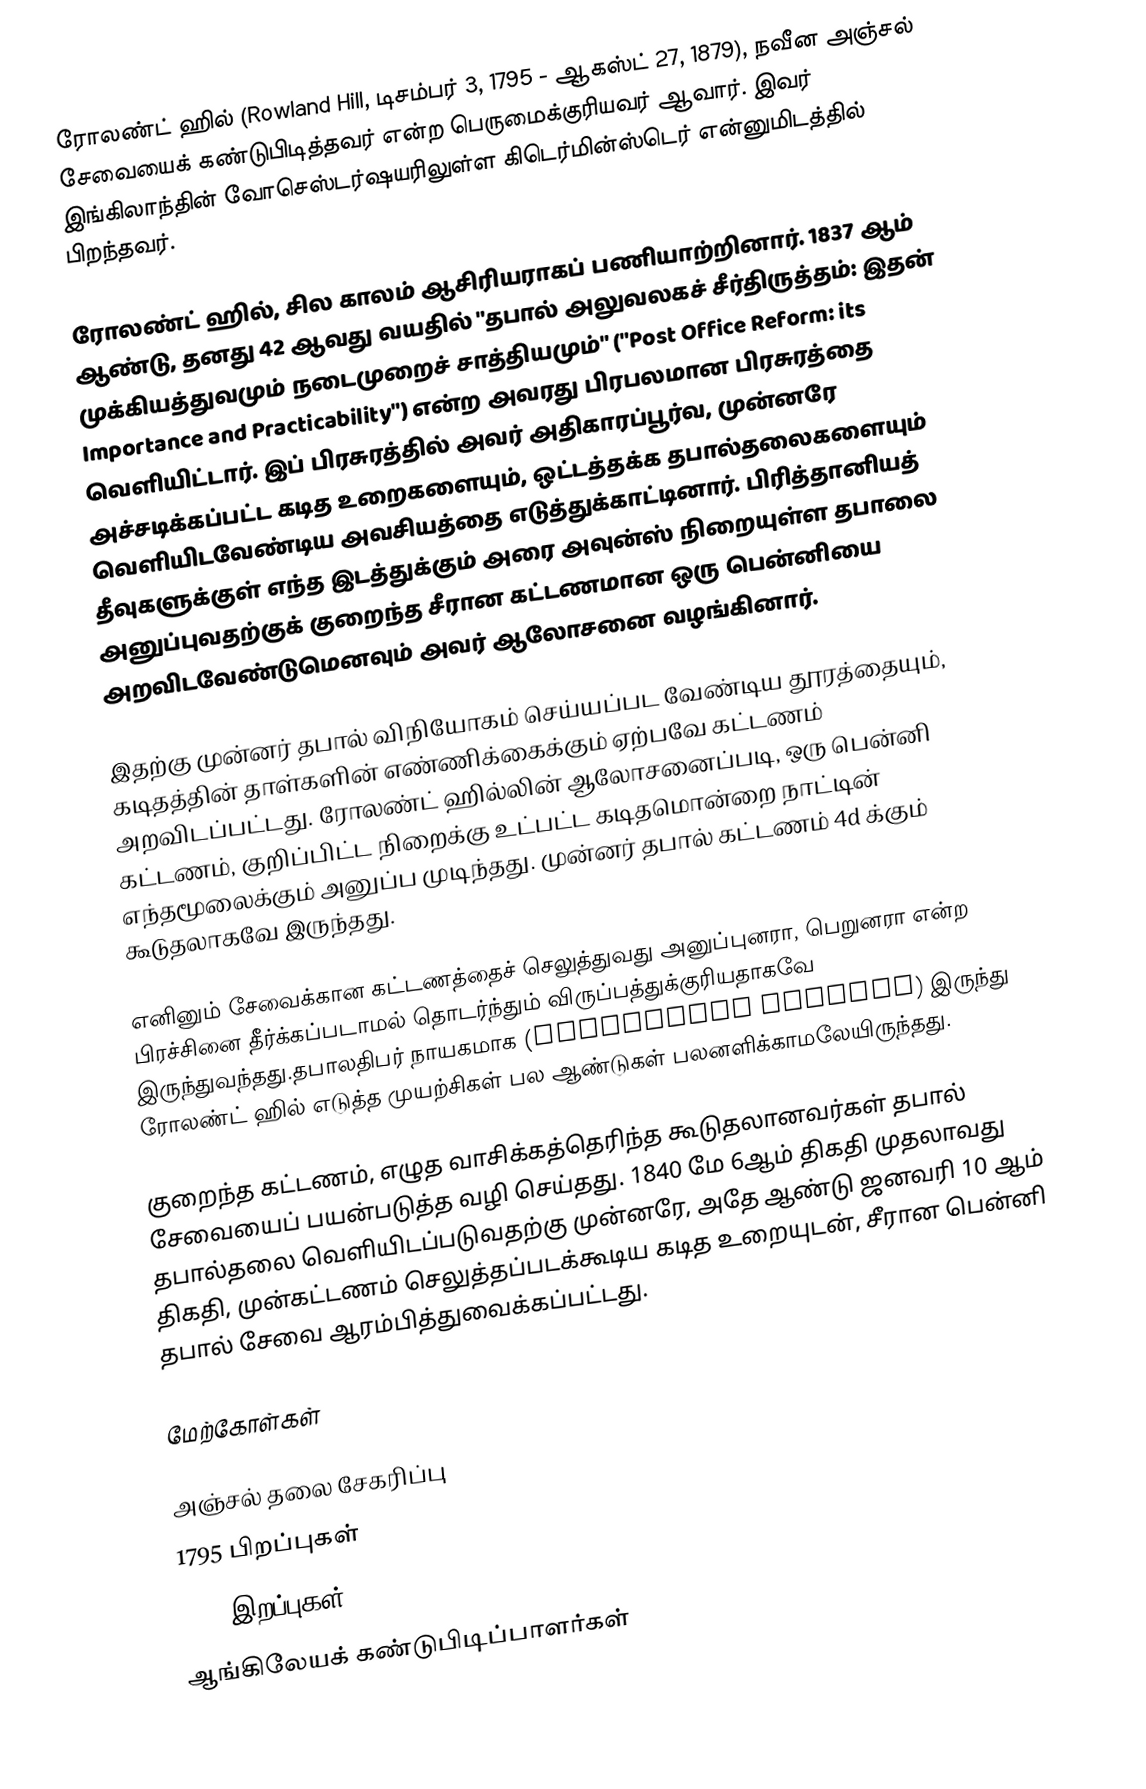
ரோலண்ட் ஹில் (Rowland Hill, டிசம்பர் 3, 1795 - ஆகஸ்ட் 27, 1879), நவீன அஞ்சல் சேவையைக் கண்டுபிடித்தவர் என்ற பெருமைக்குரியவர் ஆவார். இவர் இங்கிலாந்தின் வோசெஸ்டர்ஷயரிலுள்ள கிடெர்மின்ஸ்டெர் என்னுமிடத்தில் பிறந்தவர்.

ரோலண்ட் ஹில், சில காலம் ஆசிரியராகப் பணியாற்றினார். 1837 ஆம் ஆண்டு, தனது 42 ஆவது வயதில் "தபால் அலுவலகச் சீர்திருத்தம்: இதன் முக்கியத்துவமும் நடைமுறைச் சாத்தியமும்" ("Post Office Reform: its Importance and Practicability") என்ற அவரது பிரபலமான பிரசுரத்தை வெளியிட்டார். இப் பிரசுரத்தில் அவர் அதிகாரப்பூர்வ, முன்னரே அச்சடிக்கப்பட்ட கடித உறைகளையும், ஒட்டத்தக்க தபால்தலைகளையும் வெளியிடவேண்டிய அவசியத்தை எடுத்துக்காட்டினார். பிரித்தானியத் தீவுகளுக்குள் எந்த இடத்துக்கும் அரை அவுன்ஸ் நிறையுள்ள தபாலை அனுப்புவதற்குக் குறைந்த சீரான கட்டணமான ஒரு பென்னியை அறவிடவேண்டுமெனவும் அவர் ஆலோசனை வழங்கினார்.

இதற்கு முன்னர் தபால் விநியோகம் செய்யப்பட வேண்டிய தூரத்தையும், கடிதத்தின் தாள்களின் எண்ணிக்கைக்கும் ஏற்பவே கட்டணம் அறவிடப்பட்டது.  ரோலண்ட் ஹில்லின் ஆலோசனைப்படி, ஒரு பென்னி கட்டணம், குறிப்பிட்ட நிறைக்கு உட்பட்ட கடிதமொன்றை நாட்டின் எந்தமூலைக்கும் அனுப்ப முடிந்தது. முன்னர் தபால் கட்டணம் 4d க்கும் கூடுதலாகவே இருந்தது.

எனினும் சேவைக்கான கட்டணத்தைச் செலுத்துவது அனுப்புனரா, பெறுனரா என்ற பிரச்சினை தீர்க்கப்படாமல் தொடர்ந்தும் விருப்பத்துக்குரியதாகவே இருந்துவந்தது.தபாலதிபர் நாயகமாக (Postmaster general) இருந்து ரோலண்ட் ஹில் எடுத்த முயற்சிகள் பல ஆண்டுகள் பலனளிக்காமலேயிருந்தது.

குறைந்த கட்டணம், எழுத வாசிக்கத்தெரிந்த கூடுதலானவர்கள் தபால் சேவையைப் பயன்படுத்த வழி செய்தது. 1840 மே 6ஆம் திகதி முதலாவது தபால்தலை வெளியிடப்படுவதற்கு முன்னரே, அதே ஆண்டு ஜனவரி 10 ஆம் திகதி, முன்கட்டணம் செலுத்தப்படக்கூடிய கடித உறையுடன், சீரான பென்னி தபால் சேவை ஆரம்பித்துவைக்கப்பட்டது.

மேற்கோள்கள்

அஞ்சல் தலை சேகரிப்பு
1795 பிறப்புகள்
1879 இறப்புகள்
ஆங்கிலேயக் கண்டுபிடிப்பாளர்கள்